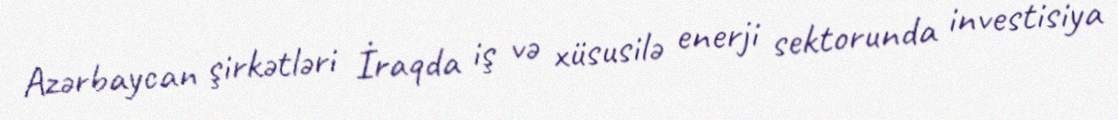
Azərbaycan şirkətləri İraqda iş və xüsusilə enerji sektorunda investisiya